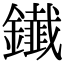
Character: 𨯒